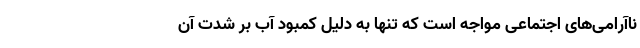
ناآرامی‌های اجتماعی مواجه است که تنها به دلیل کمبود آب بر شدت آن